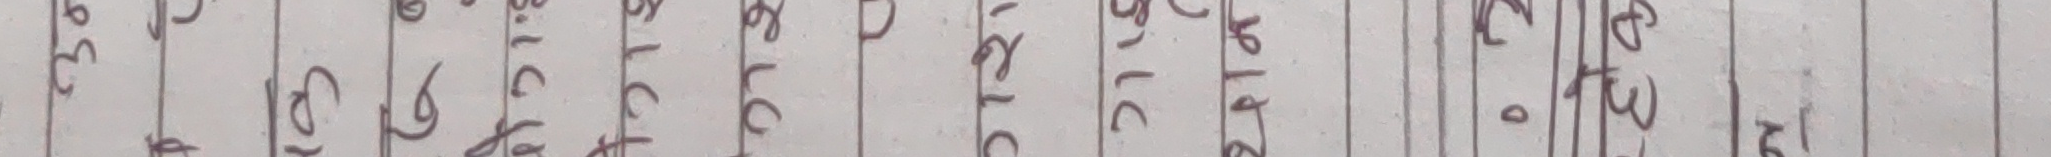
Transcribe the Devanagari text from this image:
३९८ डि. ओ. एल. सी. ७६ एच ३२१ र डि एट ५२